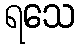
ရသေ